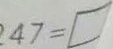
4 7 = \square